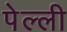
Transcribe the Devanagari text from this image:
पेल्ली